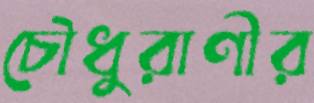
চৌধুরাণীর